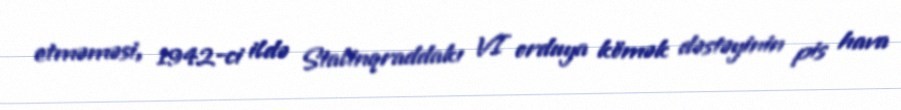
etməməsi, 1942-ci ildə Stalinqraddakı VI orduya kömək dəstəyinin pis hava